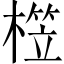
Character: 𣙫